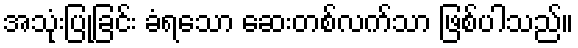
အသုံးပြုခြင်း ခံရသော ဆေးတစ်လက်သာ ဖြစ်ပါသည်။